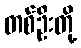
တစ်ဦးတို့